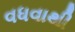
વધવાથી